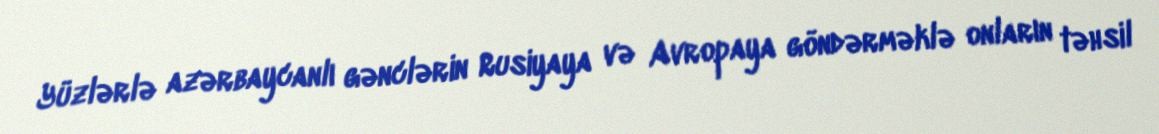
Yüzlərlə azərbaycanlı gənclərin Rusiyaya və Avropaya göndərməklə onların təhsil